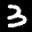
Label: 3